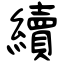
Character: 續